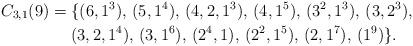
LaTeX: \begin{align*}C_{3,1}(9) &= \{ (6,1^3),\, (5,1^4),\, (4,2,1^3),\, (4,1^5),\, (3^2,1^3), \, (3,2^3), \\&\quad\ (3,2,1^4),\, (3,1^6),\, (2^4,1), \, (2^2,1^5),\, (2,1^7),\, (1^9)\}.\end{align*}